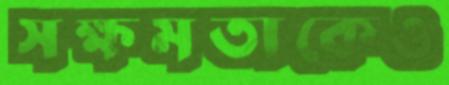
সক্ষমতাকেও